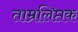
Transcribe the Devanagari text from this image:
ताम्रलिप्तक